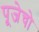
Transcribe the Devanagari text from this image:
पूजेचो